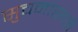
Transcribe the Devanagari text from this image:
सुचनांसाठी